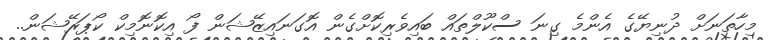
މިހާތަނަށް ދުނިޔޭގެ އެންމެ ގިނަ ސްކޫލްތައް ބައިވެރިކޮށްގެން އޮގަނައިޒޭޝަން ފޯ އިކޮނޮމިކް ކޯޕަރޭޝަން..